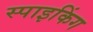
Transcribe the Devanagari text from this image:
स्पाइकिंग